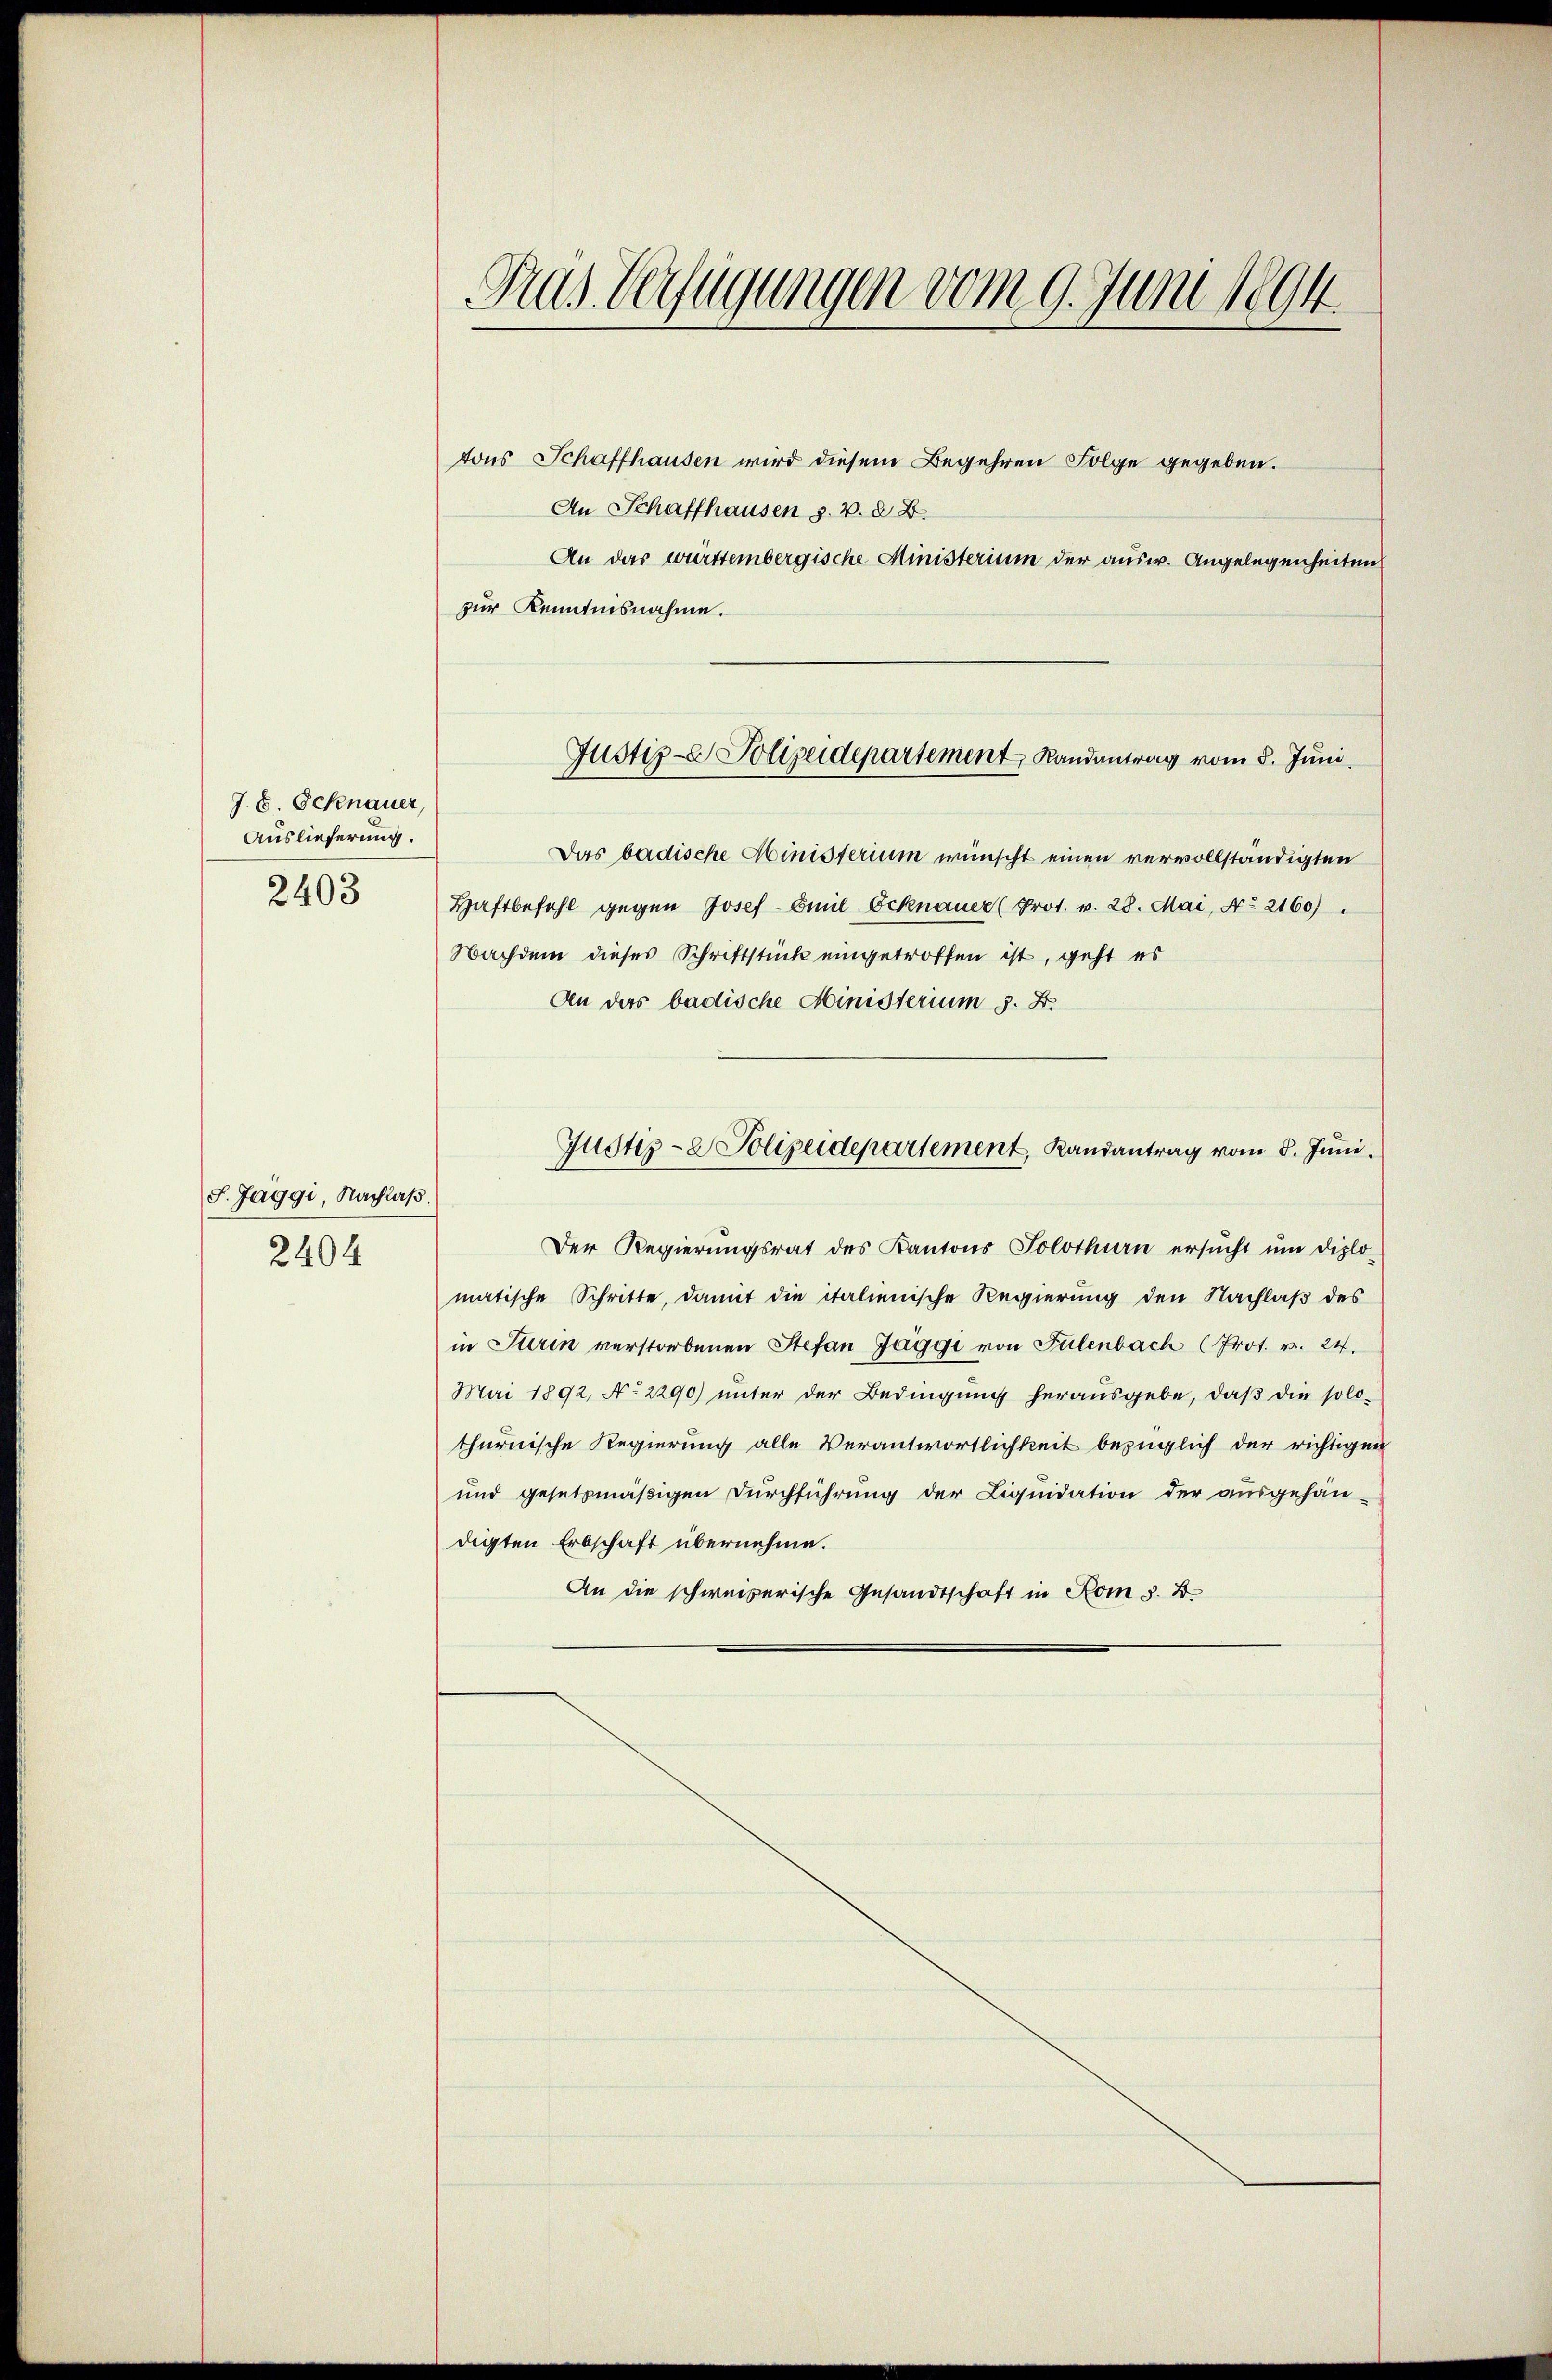
J. E. Schnauer,
Auslieferung.
2403

f. Jaggi, Nachlaß.
2404

Das Verfügungen vom 9. Juni 1894.

tons Schaffhausen wird diesem Begehren Folge gegeben.
An Schaffhausen s. v. 8. B.
An das württembergische Ministerium der ausw. Angelegenheiten
zur Kenntnisnahme.
Das badische Ministerium wünscht einen vervollständigten
Haftbefehl gegen Josef - Emil Ecknauer (Prot. v. 28. Mai, No 2160).
Nachdem dieses Schriftstück eingetroffen ist, geht es
An das badische Ministerium s. Z.
Justiz- & Polizeidepartement, Randantrag vom 8. Juni.
Der Regierungsrat des Kantons Solothurn ersŭcht ŭm diplo-
matische Schritte, damit die italienische Regierung den Nachlaß des
in Turin verstorbenen Stefan Jäggi von Fülenbach (Prot. v. 24.
Mai 1892, No 2290) unter der Bedingŭng herausgebe, daβ die solo-
thurnische Regierung alle Verantwortlichkeit bezüglich der richtigen
und gesetzmäßigen Durchführung der Liquidation der ausgehän-
digten Erbschaft übernehme.
An die schweizerische Gesandtschaft in Rom s. B.

Justiz- Polizeidepartement Randantrag vom 8. Juni.